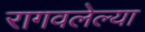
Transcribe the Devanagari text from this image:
रागवलेल्या